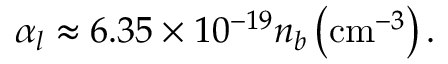
\begin{array} { r } { \alpha _ { l } \approx 6 . 3 5 \times 1 0 ^ { - 1 9 } n _ { b } \left( \mathrm { c m } ^ { - 3 } \right) . } \end{array}